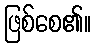
ဖြစ်စေ၏။